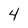
Character: 4